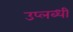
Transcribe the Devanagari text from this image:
उप्लब्धी